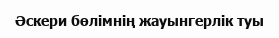
Әскери бөлімнің жауынгерлік туы